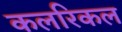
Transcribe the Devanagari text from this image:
कलरिकल